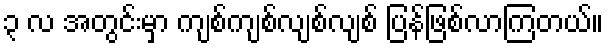
၃ လ အတွင်းမှာ ကျစ်ကျစ်လျစ်လျစ် ပြန်ဖြစ်လာကြတယ်။